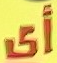
أي